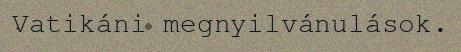
Vatikáni megnyilvánulások.